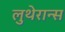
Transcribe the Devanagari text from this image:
लुथेरान्स